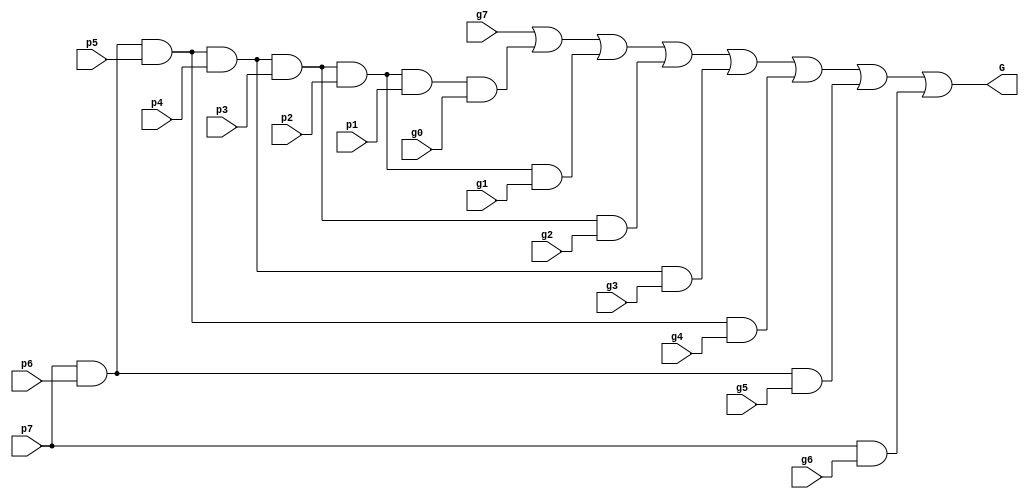
module bigG0(g7, g6, g5, g4, g3, g2, g1, g0, p7, p6, p5, p4, p3, p2, p1, G); 
   
    input g7, g6, g5, g4, g3, g2, g1, g0, p7, p6, p5, p4, p3, p2, p1; 
    output G; 

    wire p7p6p5p4p3p2p1g0, p7p6p5p4p3p2g1, p7p6p5p4p3g2, p7p6p5p4g3, p7p6p5g4, p7p6g5, p7g6;
    and andp7p6p5p4p3p2p1g0(p7p6p5p4p3p2p1g0, p7, p6, p5, p4, p3, p2, p1, g0); 
    and andp7p6p5p4p3p2g1(p7p6p5p4p3p2g1, p7, p6, p5, p4, p3, p2, g1);
    and andp7p6p5p4p3g2(p7p6p5p4p3g2, p7, p6, p5, p4, p3, g2); 
    and andp7p6p5p4g3(p7p6p5p4g3,  p7, p6, p5, p4, g3); 
    and andp7p6p5g4(p7p6p5g4, p7, p6, p5, g4);
    and andp7p6g5(p7p6g5, p7, p6, g5); 
    and andp7g6(p7g6, p7, g6);
    or orG0(G, g7, p7p6p5p4p3p2p1g0, p7p6p5p4p3p2g1, p7p6p5p4p3g2, p7p6p5p4g3, p7p6p5g4, p7p6g5, p7g6);
endmodule